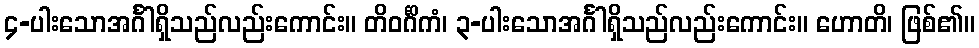
၄-ပါးသောအင်္ဂါရှိသည်လည်းကောင်း။ တိဝင်္ဂိကံ၊ ၃-ပါးသောအင်္ဂါရှိသည်လည်းကောင်း။ ဟောတိ၊ ဖြစ်၏။